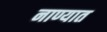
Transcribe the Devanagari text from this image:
नाण्यात